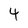
Character: 4